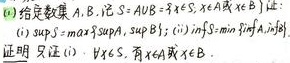
(2) 给定数集 \(A,B\)，记 \(S = A\cup B=\{x:x\in A\text{ 或 }x\in B\}\)。证：
(i) \(\sup S=\max\{\sup A,\sup B\}\)；
(ii) \(\inf S=\min\{\inf A,\inf B\}\)。